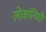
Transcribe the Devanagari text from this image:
लोकांनिशी